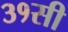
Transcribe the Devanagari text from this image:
३१सी